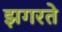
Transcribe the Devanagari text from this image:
झगरते